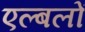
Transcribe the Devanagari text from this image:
एल्बलों